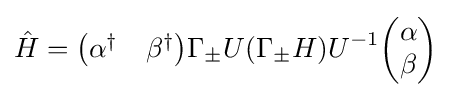
{\hat {H}}={\begin{pmatrix}\alpha ^{\dagger }&\beta ^{\dagger }\end{pmatrix}}\Gamma _{\pm }U(\Gamma _{\pm }H)U^{-1}{\begin{pmatrix}\alpha \\\beta \end{pmatrix}}